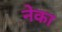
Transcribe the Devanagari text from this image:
नेका